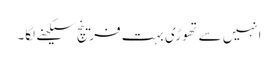
انہیں سے تھوڑی بہت فرینچ سیکھنے لگا۔